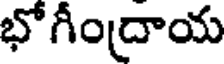
భోగీంద్రాయ